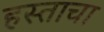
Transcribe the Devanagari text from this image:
हस्ताचा